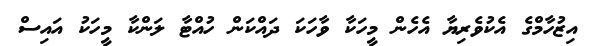
އިޒުހާމްގެ އެކުވެރިޔާ އެހެން މީހަކާ ވާހަކަ ދައްކަން ހުއްޓާ ލަންކާ މީހަކު އައިސް